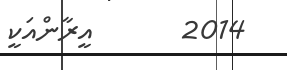
2014       އީރާންއަކީ